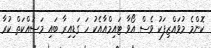
ކޮންމެ މުވައްޒިފަކު ވެސް އޯވާ ޓައިމްއާއެކު ހަ ގަޑިއިރާ ބައި މަސައްކަތް ކުރާ